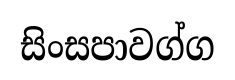
සිංසපාවග්ග